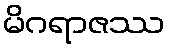
မိဂရာဇဿ